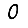
Digit: 0